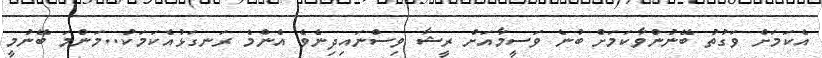
އެކަމަށް ވަގުތު ބޭނުންވާކަމަށް ބުނެ ވަސީމާއަށް ރީޝާ ވިސްނައިދިިނެވެ އެންމެ ރަނގަޅުއެކަމަކު..މަންމަ ބޭނުމީ